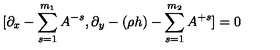
[ \partial _ { x } - \sum _ { s = 1 } ^ { m _ { 1 } } A ^ { - s } , \partial _ { y } - ( \rho h ) - \sum _ { s = 1 } ^ { m _ { 2 } } A ^ { + s } ] = 0